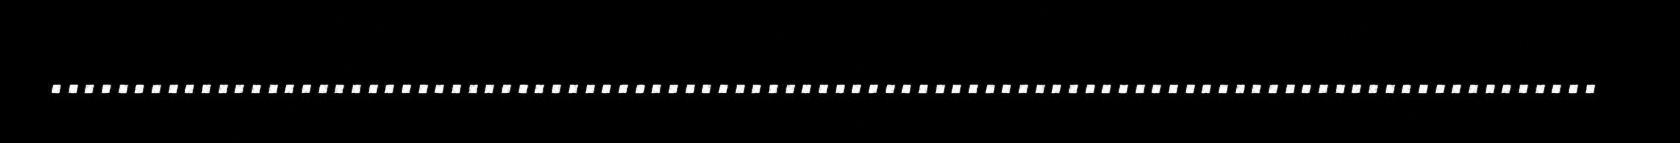
.............................................................................................